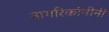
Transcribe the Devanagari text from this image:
नागरिकांनीनी